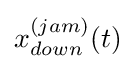
x_{down}^{(jam)}(t)